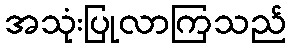
အသုံးပြုလာကြသည်